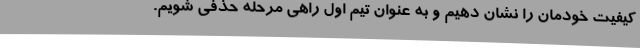
کیفیت خودمان را نشان دهیم و به عنوان تیم اول راهی مرحله حذفی شویم.